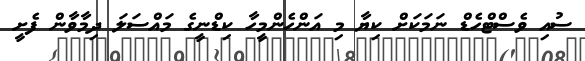
ސުއި ވެސްޓްހެޑް ނަމަކަށް ކިޔާ މި އަންހެންމީހާ ކިޑްނީގެ މައްސަލަ ދިމާވާން ފެށީ